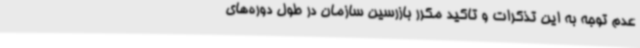
عدم توجه به این تذکرات و تاکید مکرر بازرسین سازمان در طول دوره‌های